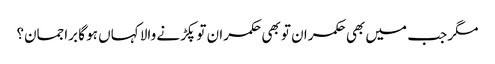
مگر جب میں بھی حکمران تو بھی حکمران تو پکڑنے والا کہاں ہو گا براجمان؟